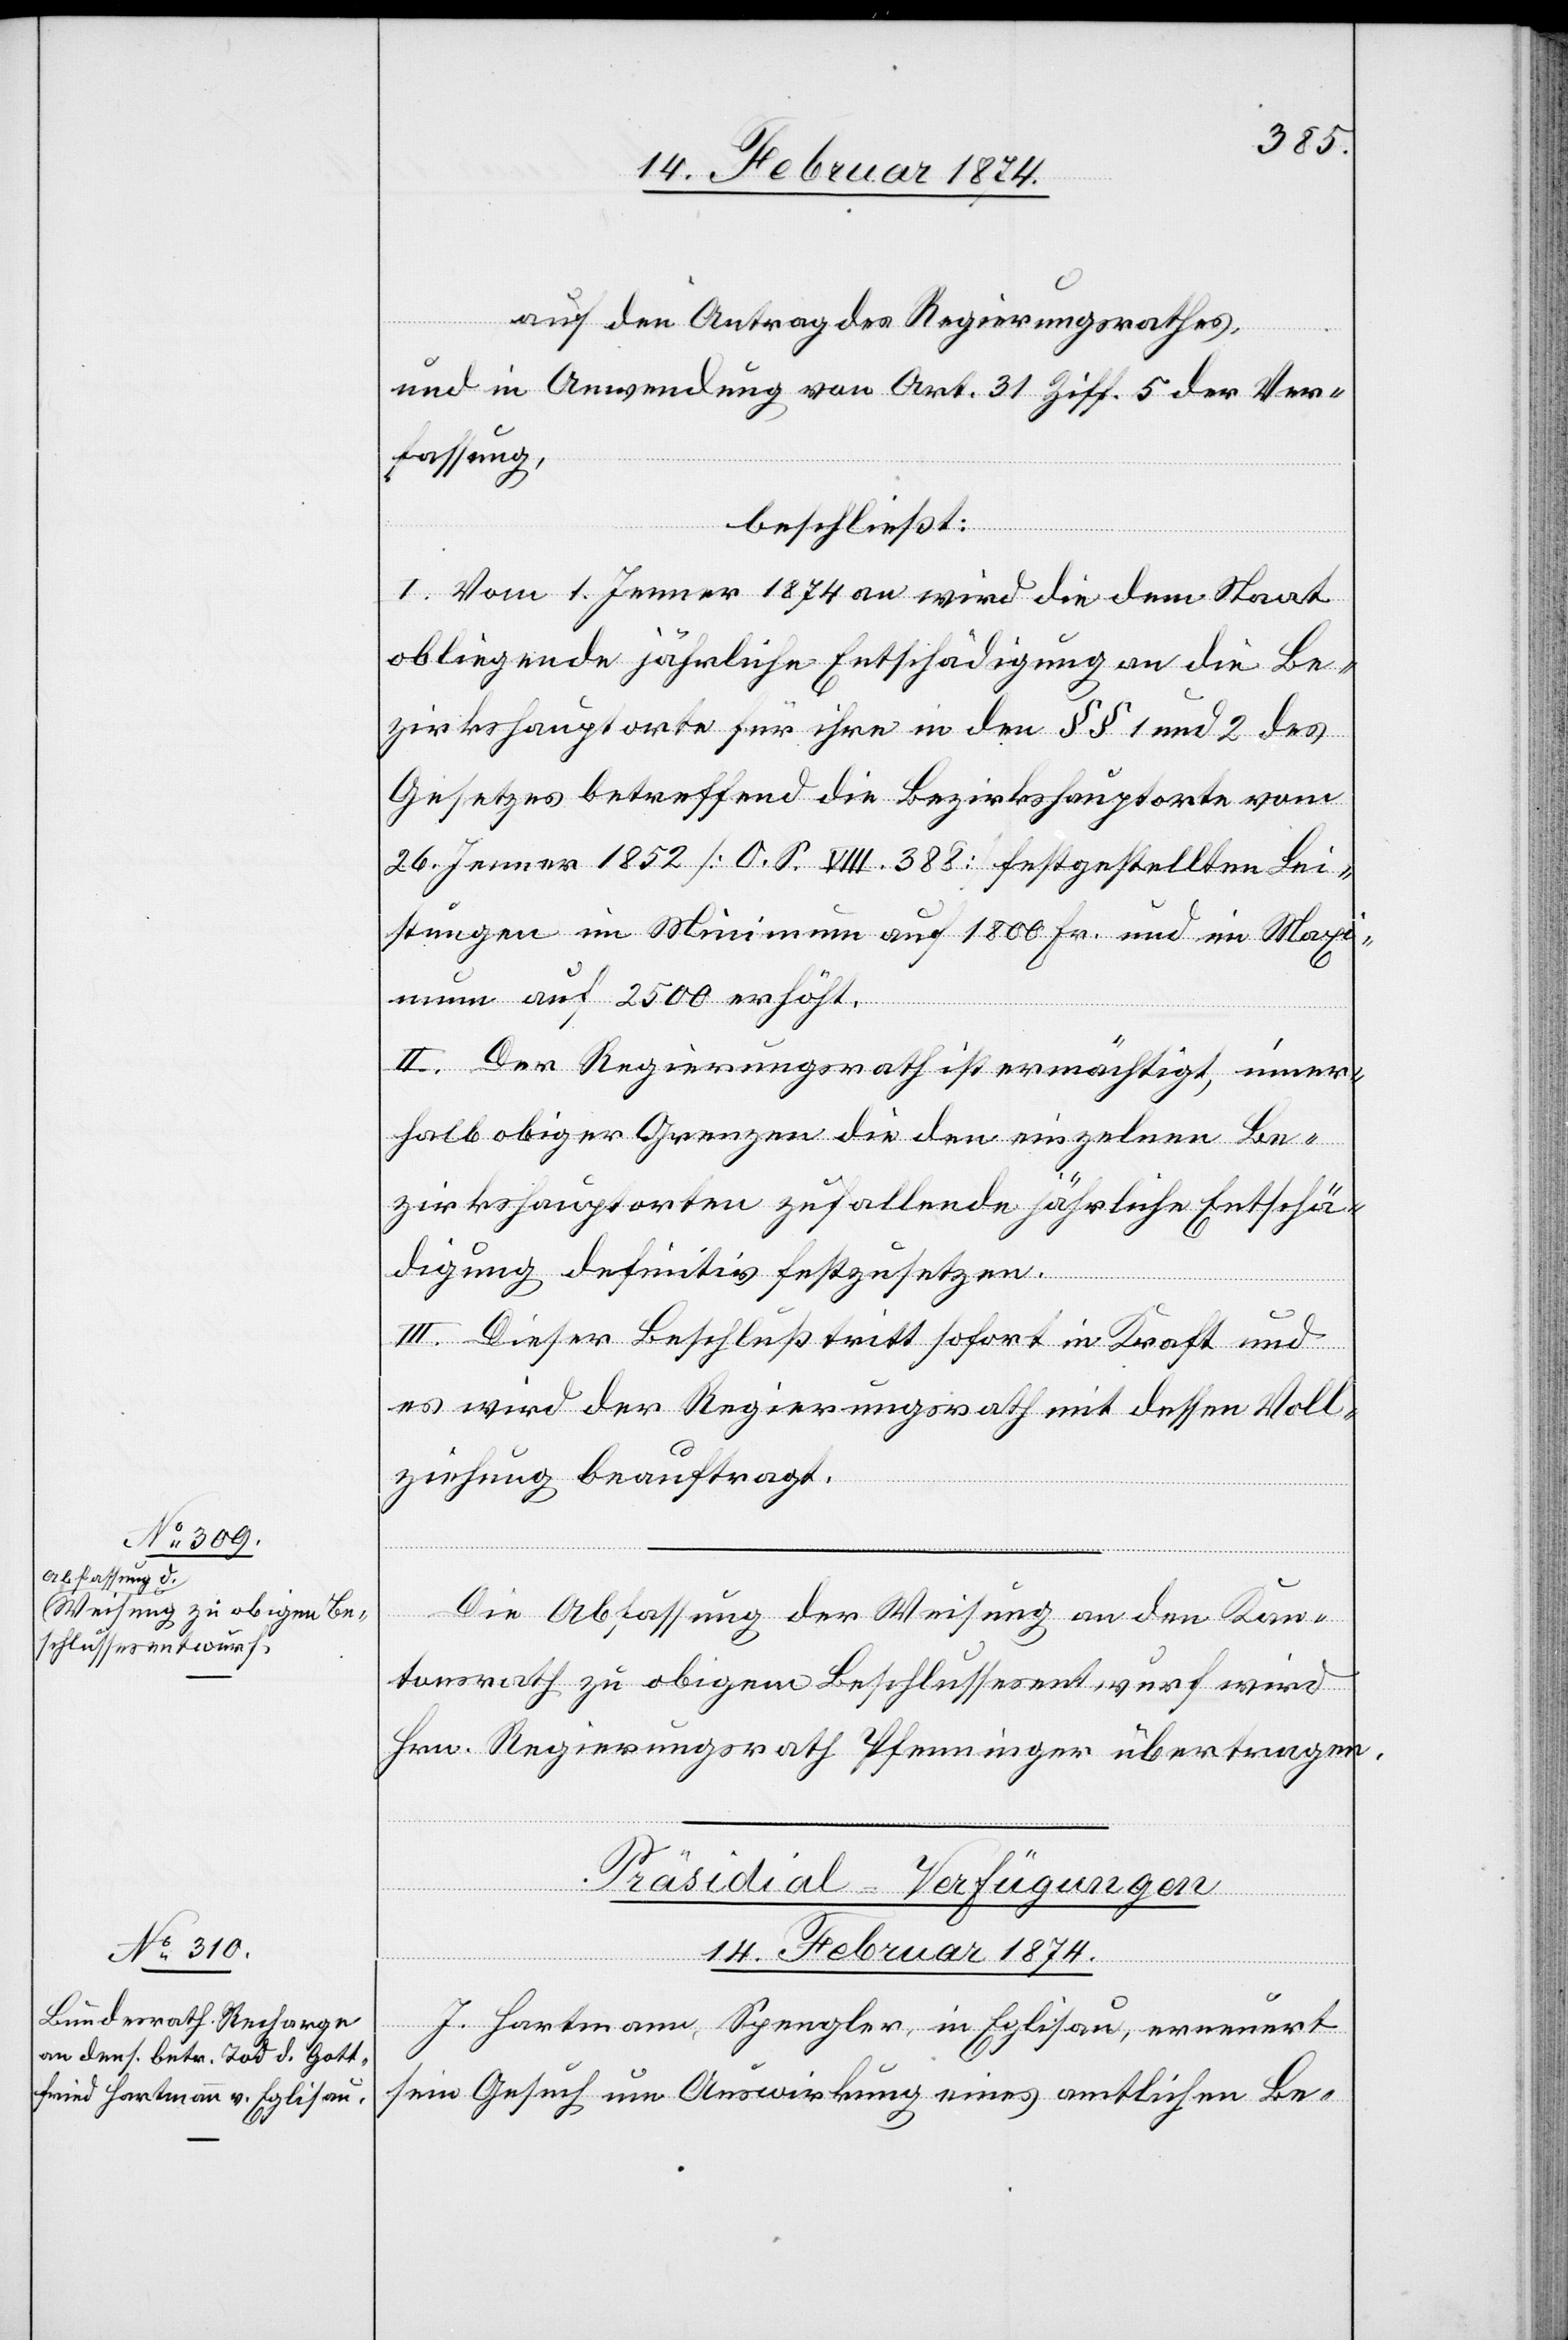
14. Februar 1874.
auf den Antrag des Regierungsrathes,
und in Anwendung von Art. 31 Ziff. 5 der Ver¬
fassung,
beschließt:
I. Vom 1. Jenner 1874 an wird die dem Staat
obliegende jährliche Entschädigung an die Be¬
zirkshauptorte für ihre in den §§ 1 und 2 des
Gesetzes betreffend die Bezirkshauptorte vom
26. Jenner 1852 [O. S. VIII. 388] festgestellten Lei¬
stungen im Minimum auf 1800 Fr. und im Maxi¬
mum auf 2500 erhöht.
II. Der Regierungsrath ist ermächtigt, inner¬
halb obiger Grenzen die den einzelnen Be¬
zirkshauptorten zufallende jährliche Entschä¬
digung definitiv festzusetzen.
III. Dieser Beschluß tritt sofort in Kraft und
es wird der Regierungsrath mit dessen Voll¬
ziehung beauftragt.
Die Abfassung der Weisung an den Kan¬
tonsrath zu obigem Beschlussesentwurf wird
Hrn. Regierungsrath Pfenninger übertragen.
Präsidial-Verfügungen
J. Hartmann, Spengler in Eglisau, erneuert
sein Gesuch um Auswirkung eines amtlichen Be-